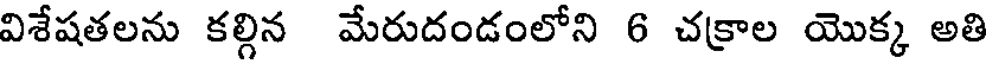
విశేషతలను కల్గిన మేరుదండంలోని 6 చక్రాల యొక్క అతి